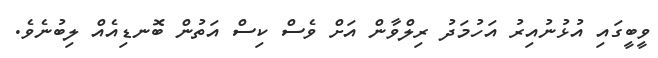
ވީބީގައި އުޅުނުއިރު އަހުމަދު ރިލްވާން އަށް ވެސް ކިސް އަތުން ބޮނޑިއެއް ލިބުނެވެ.